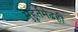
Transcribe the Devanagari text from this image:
मुहूर्तमेढही